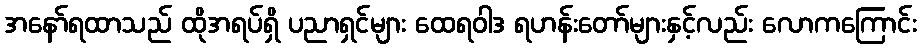
အနော်ရထာသည် ထိုအရပ်ရှိ ပညာရှင်များ ထေရဝါဒ ရဟန်းတော်များနှင့်လည်း လောကကြောင်း